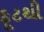
ફૂટથી